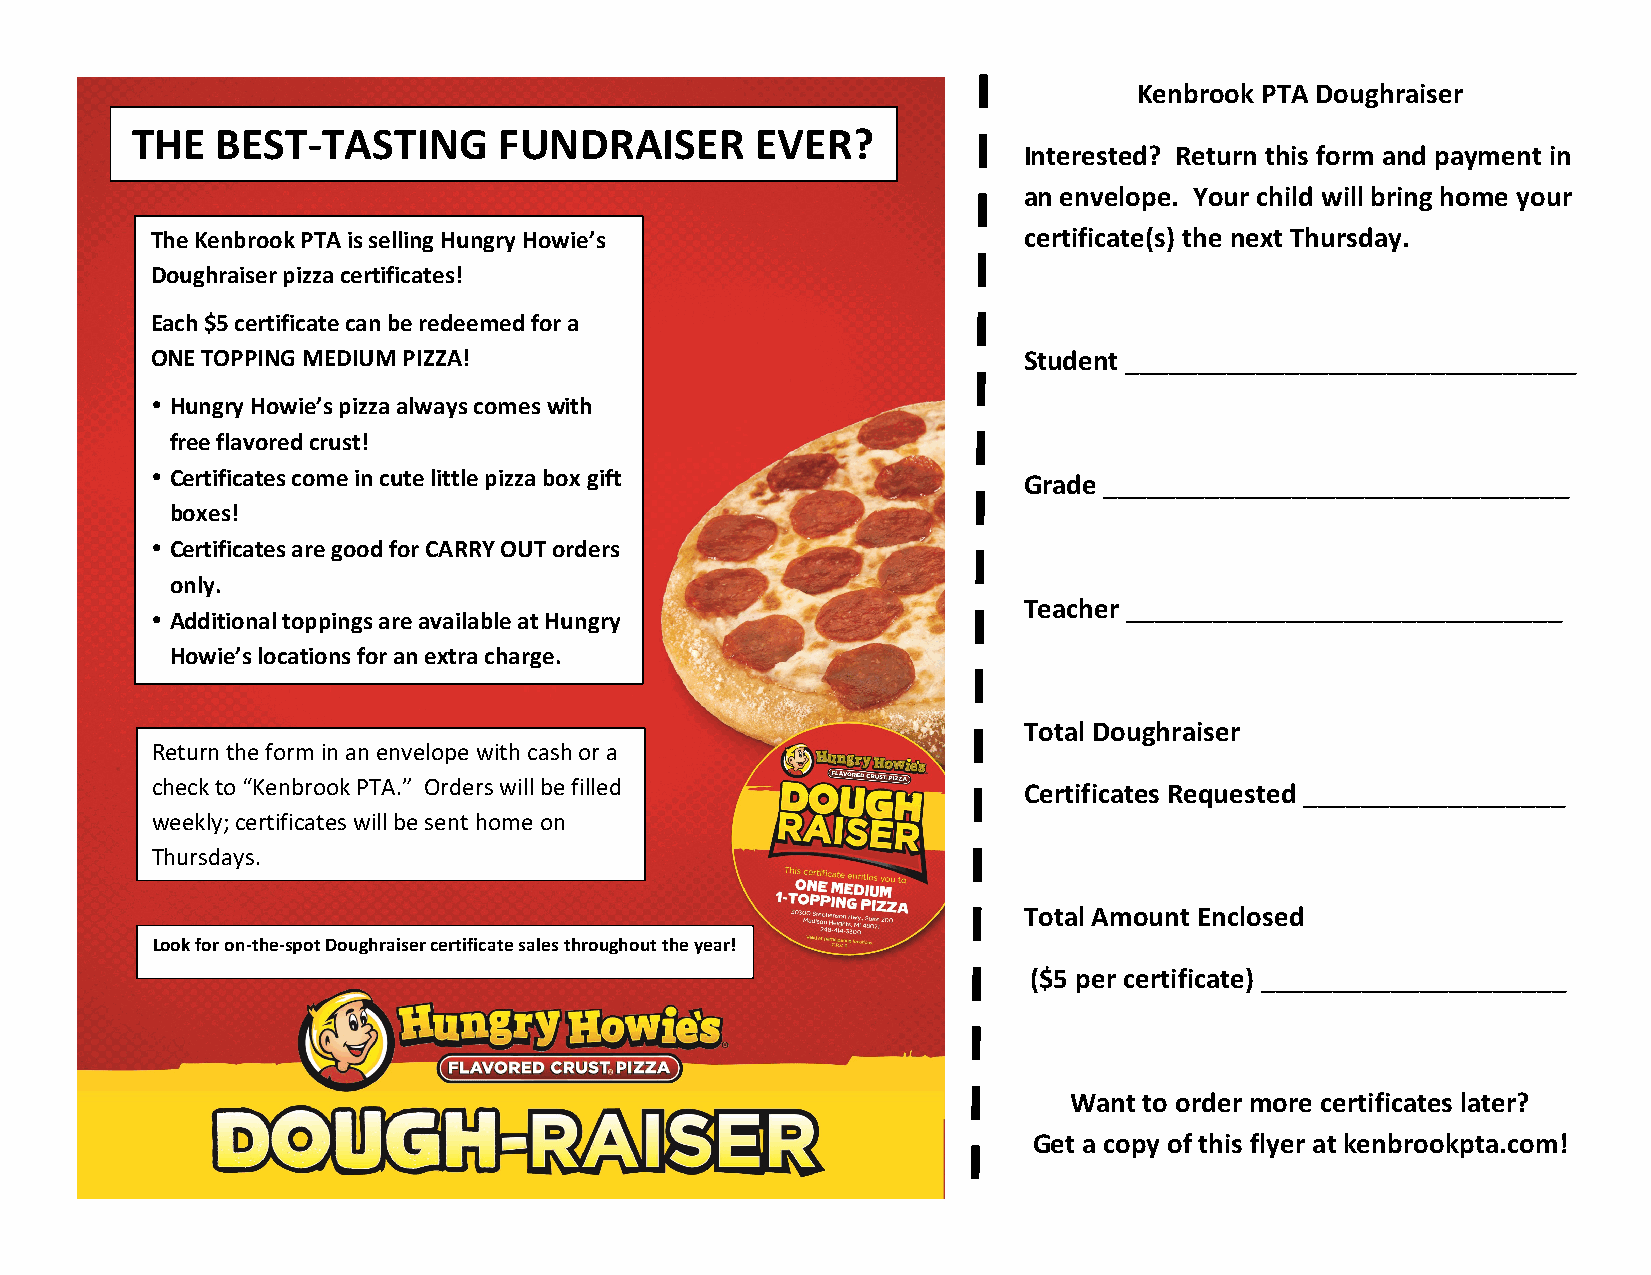
Kenbrook PTA Doughraiser
 THE  BEST-TASTING       FUNDRAISER       EVER?
 Interested? Return this form and payment in
 an envelope. Your child will bring home your
 The Kenbrook PTA is selling Hungry Howie’s                certificate(s) the next Thursday.
 Doughraiser pizza certificates!
 Each $5 certificate can be redeemed for a
 ONE TOPPING MEDIUM PIZZA!                                 Student _______________________________
 • Hungry Howie’s pizza always comes with
 free flavored crust!
 • Certificates come in cute little pizza box gift         Grade ________________________________
 boxes!
 • Certificates are good for CARRY OUT orders
 only.
 Teacher ______________________________
 • Additional toppings are available at Hungry
 Howie’s locations for an extra charge.
 Total Doughraiser
 Return the form in an envelope with cash or a
 check to “Kenbrook PTA.” Orders will be filled            Certificates Requested __________________
 weekly; certificates will be sent home on
 Thursdays.
 Total Amount Enclosed
 Look for on-the-spot Doughraiser certificate sales throughout the year!
 ($5 per certificate) _____________________
 Want to order more certificates later?
 Get a copy of this flyer at kenbrookpta.com!